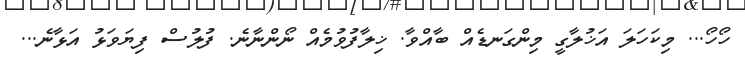
ހޯހޯ... މިކަހަލަ އަޚުލާގީ މިންގަނޑެއް ބާއްވާ. ޚިލާފުވުމެއް ނޯންނާނެ. ފުލުސް ފިޔަވަޅު އަޅާނެ...